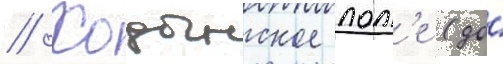
// Ходынское пол'е (до́